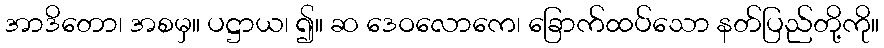
အာဒိတော၊ အစမှ။ ပဋ္ဌာယ၊ ၍။ ဆ ဒေဝလောကေ၊ ခြောက်ထပ်သော နတ်ပြည်တို့ကို။